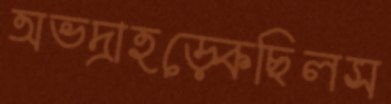
অভদ্রাহড়্‌কেছিলস